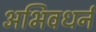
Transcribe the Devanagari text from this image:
अभिवधर्न